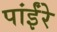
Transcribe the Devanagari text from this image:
पांईंरे